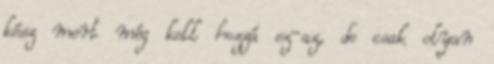
kész mert még kell hozzá ez-az, de csak olyan